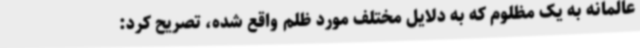
عالمانه به یک مظلوم که به دلایل مختلف مورد ظلم واقع شده، تصریح کرد: